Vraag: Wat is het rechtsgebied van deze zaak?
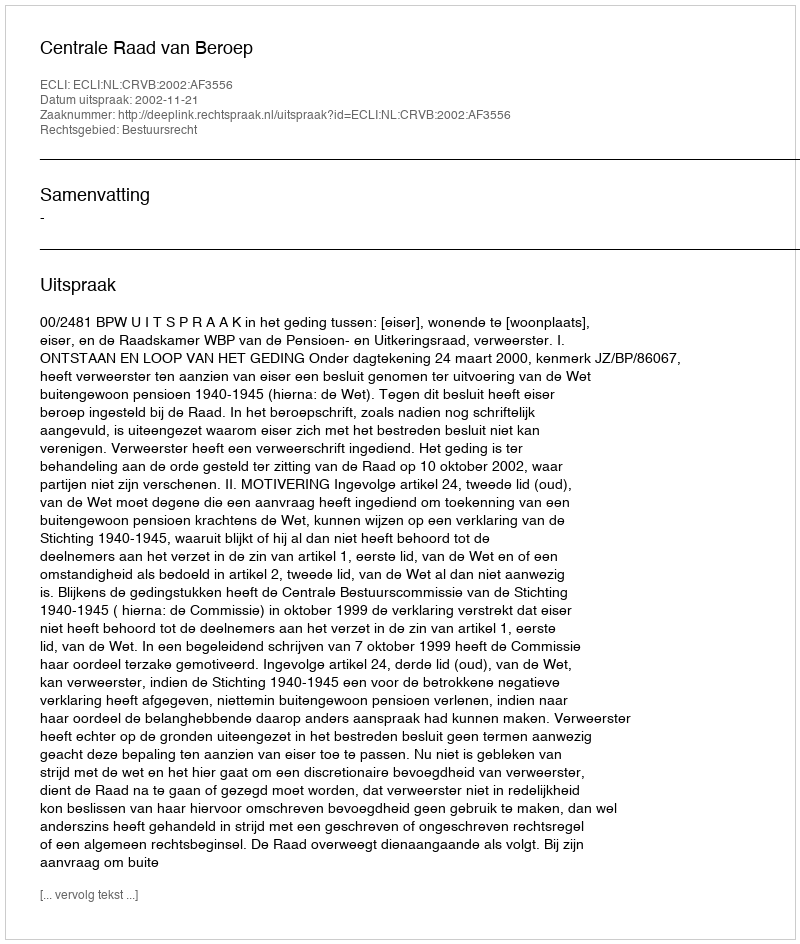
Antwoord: Bestuursrecht